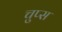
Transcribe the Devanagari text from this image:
चुप्स